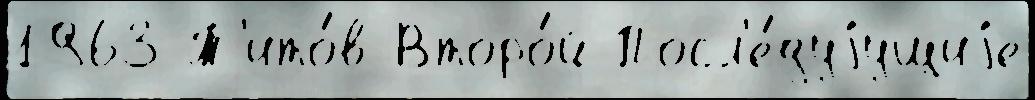
1963 Т'ито́в Второ́й Посл'е́дуjущиjе